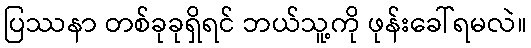
ပြဿနာ တစ်ခုခုရှိရင် ဘယ်သူ့ကို ဖုန်းခေါ်ရမလဲ။